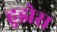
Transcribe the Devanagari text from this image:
हुझेस